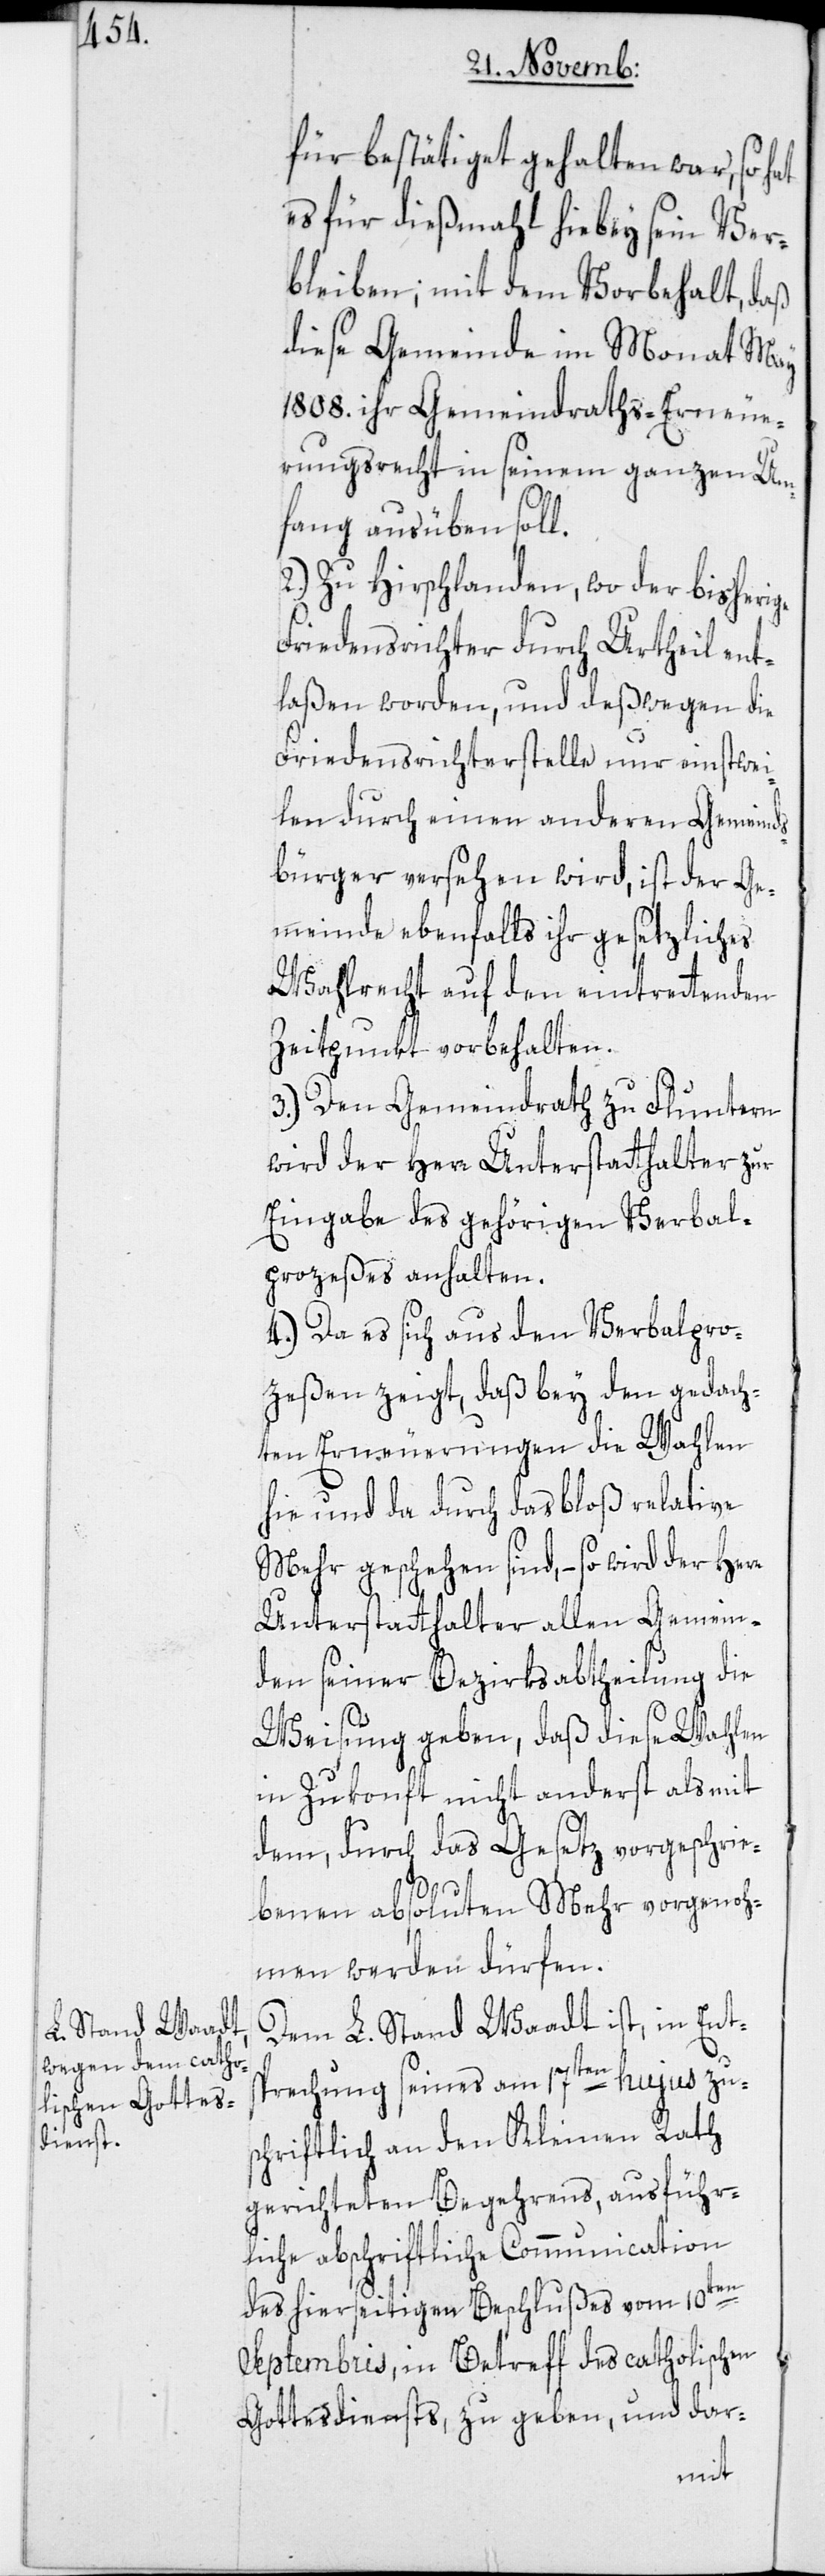
für bestätiget gehalten war, so hat
es für dießmahl hiebey sein Ver¬
bleiben; mit dem Vorbehalt, daß
diese Gemeinde im Monat May
1808. ihr Gemeindraths-Erneue¬
rungsrecht in seinem ganzen Um¬
fang ausüben soll.
2.) Zu Hirschlanden, wo der bisherige
Friedensrichter durch Urtheil ent¬
laßen worden, und deßwegen die
Friedensrichterstelle nur einstwei¬
len durch einen anderen Gemeinds¬
bürger versehen wird, ist der Ge¬
meinde ebenfalls ihr gesetzliches
Wahlrecht auf den eintrettenden
Zeitpunkt vorbehalten.
3.) Den Gemeindrath zu Fluntern
wird der Herr Unterstatthalter zur
Eingabe des gehörigen Verbal¬
prozeßes anhalten.
4.) Da es sich aus den Verbalpro¬
zeßen zeigt, daß bey den gedach¬
ten Erneuerungen die Wahlen
hie und da durch das bloß relative
Mehr geschehen sind, – so wird der Herr
Unterstatthalter allen Gemein¬
den seiner Bezirksabtheilung die
Weisung geben, daß diese Wahlen
in Zukonft nicht anderst als mit
dem, durch das Gesetz vorgeschrie¬
benen absoluten Mehr vorgenoh¬
men werden dürfen.
Dem L. Stand Waadt ist, in Ents¬
prechung seines am 17ten hujus zu¬
schriftlich an den Kleinen Rath
gerichteten Begehrens, ausführ¬
liche abschriftliche Communication
des hierseitigen Beschlußes vom 10ten
Septembris, in Betreff des catholischen
Gottesdiensts, zu geben, und dar-